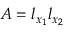
A = l _ { x _ { 1 } } l _ { x _ { 2 } }